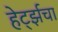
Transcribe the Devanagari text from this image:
हेर्ट्झचा